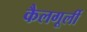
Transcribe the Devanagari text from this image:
कैलगूर्ली